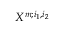
X ^ { m ; i _ { 1 } , i _ { 2 } }